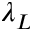
\lambda _ { L }